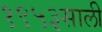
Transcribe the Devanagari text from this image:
१९५३साली